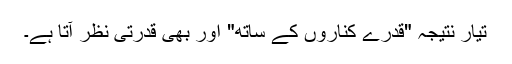
تیار نتیجہ "قدرے کناروں کے ساتھ" اور بھی قدرتی نظر آتا ہے۔